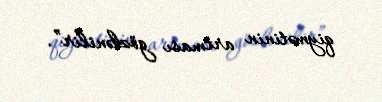
qiymətinin artması gözlənilir”.